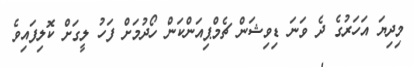
މިދިޔަ އަހަރުގެ ދެ ވަނަ ޑިވިޝަން ޗެމްޕިއަންކަން ހޯދުމަށް ފަހު ލީގަށް ކޮލިފައިވެ